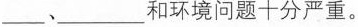
___、___ 和环境问题十分严重。